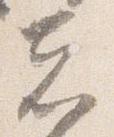
者